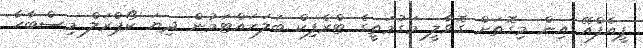
ޕީއެފްއޭ އިން މިގޮތަށް ގޮވާލީ މަގުމަތީގެ ޓްރެފިކް ބަލަހައްޓަމުން ދިޔަ ކޯޕްރަލް މިސްބާހާ